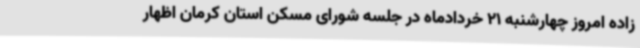
زاده امروز چهارشنبه 21 خردادماه در جلسه شورای مسکن استان کرمان اظهار